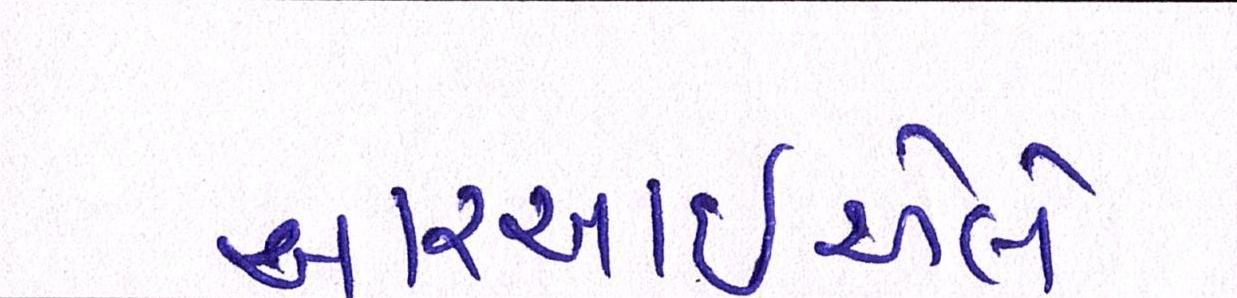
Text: આરઆઇએલે